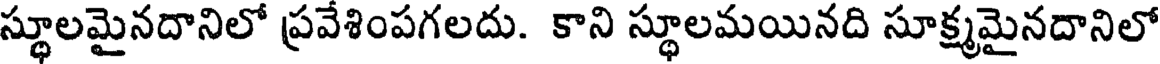
స్థూలమైనదానిలో ప్రవేశింపగలదు. కాని స్థూలమయినది సూక్ష్మమైనదానిలో